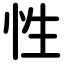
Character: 性